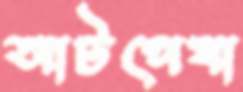
আটপেষা